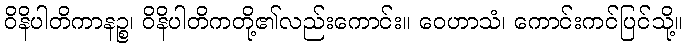
ဝိနိပါတိကာနဉ္စ၊ ဝိနိပါတိကတို့၏လည်းကောင်း။ ဝေဟာသံ၊ ကောင်းကင်ပြင်သို့။